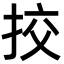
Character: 挍